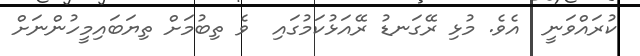
ކުރައްވަނީ  އެވެ. މުޅި ރޭގަނޑު ރޭއަޅުކަމުގައި  ވެ ތިބުމަށް ތިޔަބައިމީހުންނަށް